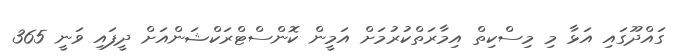
ގައްދޫގައި އަޅާ މި މިސްކިތް އިމާރަތްކުރުމަށް އަމީން ކޮންސްޓްރަކްޝަންއަށް ދީފައި ވަނީ 365